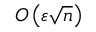
O \left( \varepsilon { \sqrt { n } } \right)